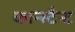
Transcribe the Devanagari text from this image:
कान्स्टैन्ट